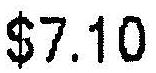
$7.10